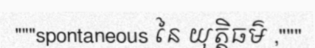
"""spontaneous នៃ យុត្តិធម៌ ,"""